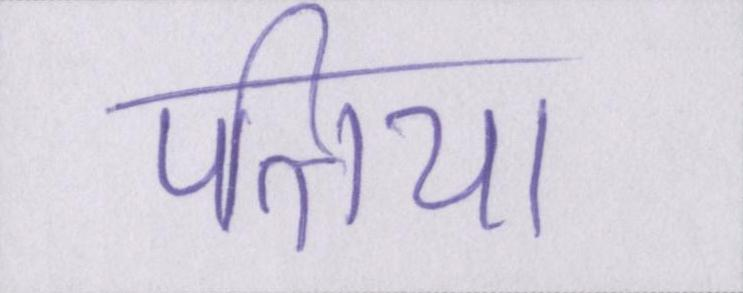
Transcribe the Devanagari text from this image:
पत्तिया